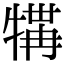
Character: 𪺲